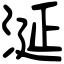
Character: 涎